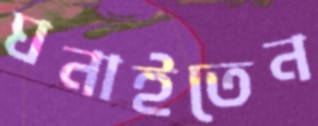
ঘনাইতেন